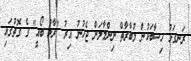
ރަނގަޅު ހިސާބަކުން މުބާރާތް ނިންމާލަން ޖެހުނު އިރު "ރާޅު ބޯއީ" ގެ ގޮތުގައި